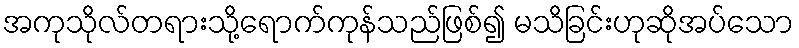
အကုသိုလ်တရားသို့ရောက်ကုန်သည်ဖြစ်၍ မသိခြင်းဟုဆိုအပ်သော